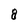
Character: 8